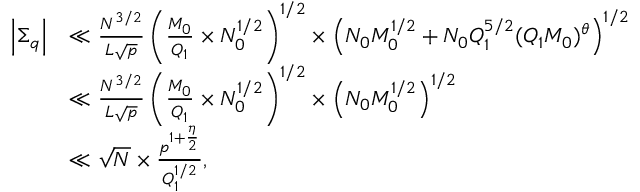
\begin{array} { r l } { \Big | \Sigma _ { q } \Big | } & { \ll \frac { N ^ { 3 / 2 } } { L \sqrt { p } } \left( \frac { M _ { 0 } } { Q _ { 1 } } \times N _ { 0 } ^ { 1 / 2 } \right) ^ { 1 / 2 } \times \left( N _ { 0 } M _ { 0 } ^ { 1 / 2 } + N _ { 0 } Q _ { 1 } ^ { 5 / 2 } ( Q _ { 1 } M _ { 0 } ) ^ { \theta } \right) ^ { 1 / 2 } } \\ & { \ll \frac { N ^ { 3 / 2 } } { L \sqrt { p } } \left( \frac { M _ { 0 } } { Q _ { 1 } } \times N _ { 0 } ^ { 1 / 2 } \right) ^ { 1 / 2 } \times \left( N _ { 0 } M _ { 0 } ^ { 1 / 2 } \right) ^ { 1 / 2 } } \\ & { \ll \sqrt { N } \times \frac { p ^ { 1 + \frac { \eta } { 2 } } } { Q _ { 1 } ^ { 1 / 2 } } , } \end{array}